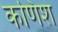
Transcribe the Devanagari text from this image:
कणिश